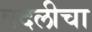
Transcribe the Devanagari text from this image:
बदलीचा